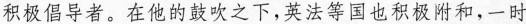
积极倡导者。在他的鼓吹之下，英法等国也积极附和，一时